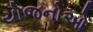
યોજનોઓ